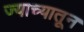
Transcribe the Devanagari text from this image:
ज्याच्यातून